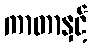
ကာတာနှင့်